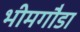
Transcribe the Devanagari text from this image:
भीमगौडा